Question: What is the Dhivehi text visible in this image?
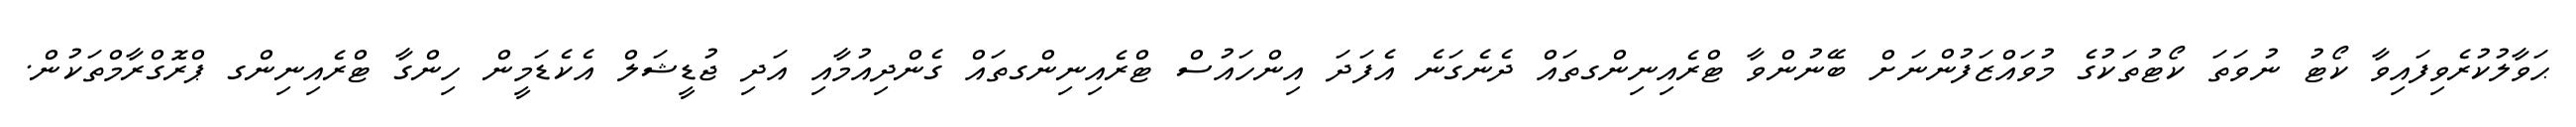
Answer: ޙަވާލުކުރެވިފައިވާ ކޯޓު ނުވަތަ ކޯޓުތަކުގެ މުވައްޒަފުންނަށް ބޭނުންވާ ޓްރެއިނިންގތައް ދެނެގަނެ އެފަދަ އިންހައުސް ޓްރެއިނިންގތައް ގެންދިއުމާއި އަދި ޖުޑީޝަލް އެކެޑަމީން ހިންގާ ޓްރެއިނިންގ ޕްރޮގްރާމްތަކުން.